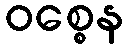
ဝစ္စေန